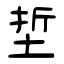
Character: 埑